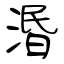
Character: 湣